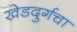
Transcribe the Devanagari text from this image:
खेडदुर्गचा